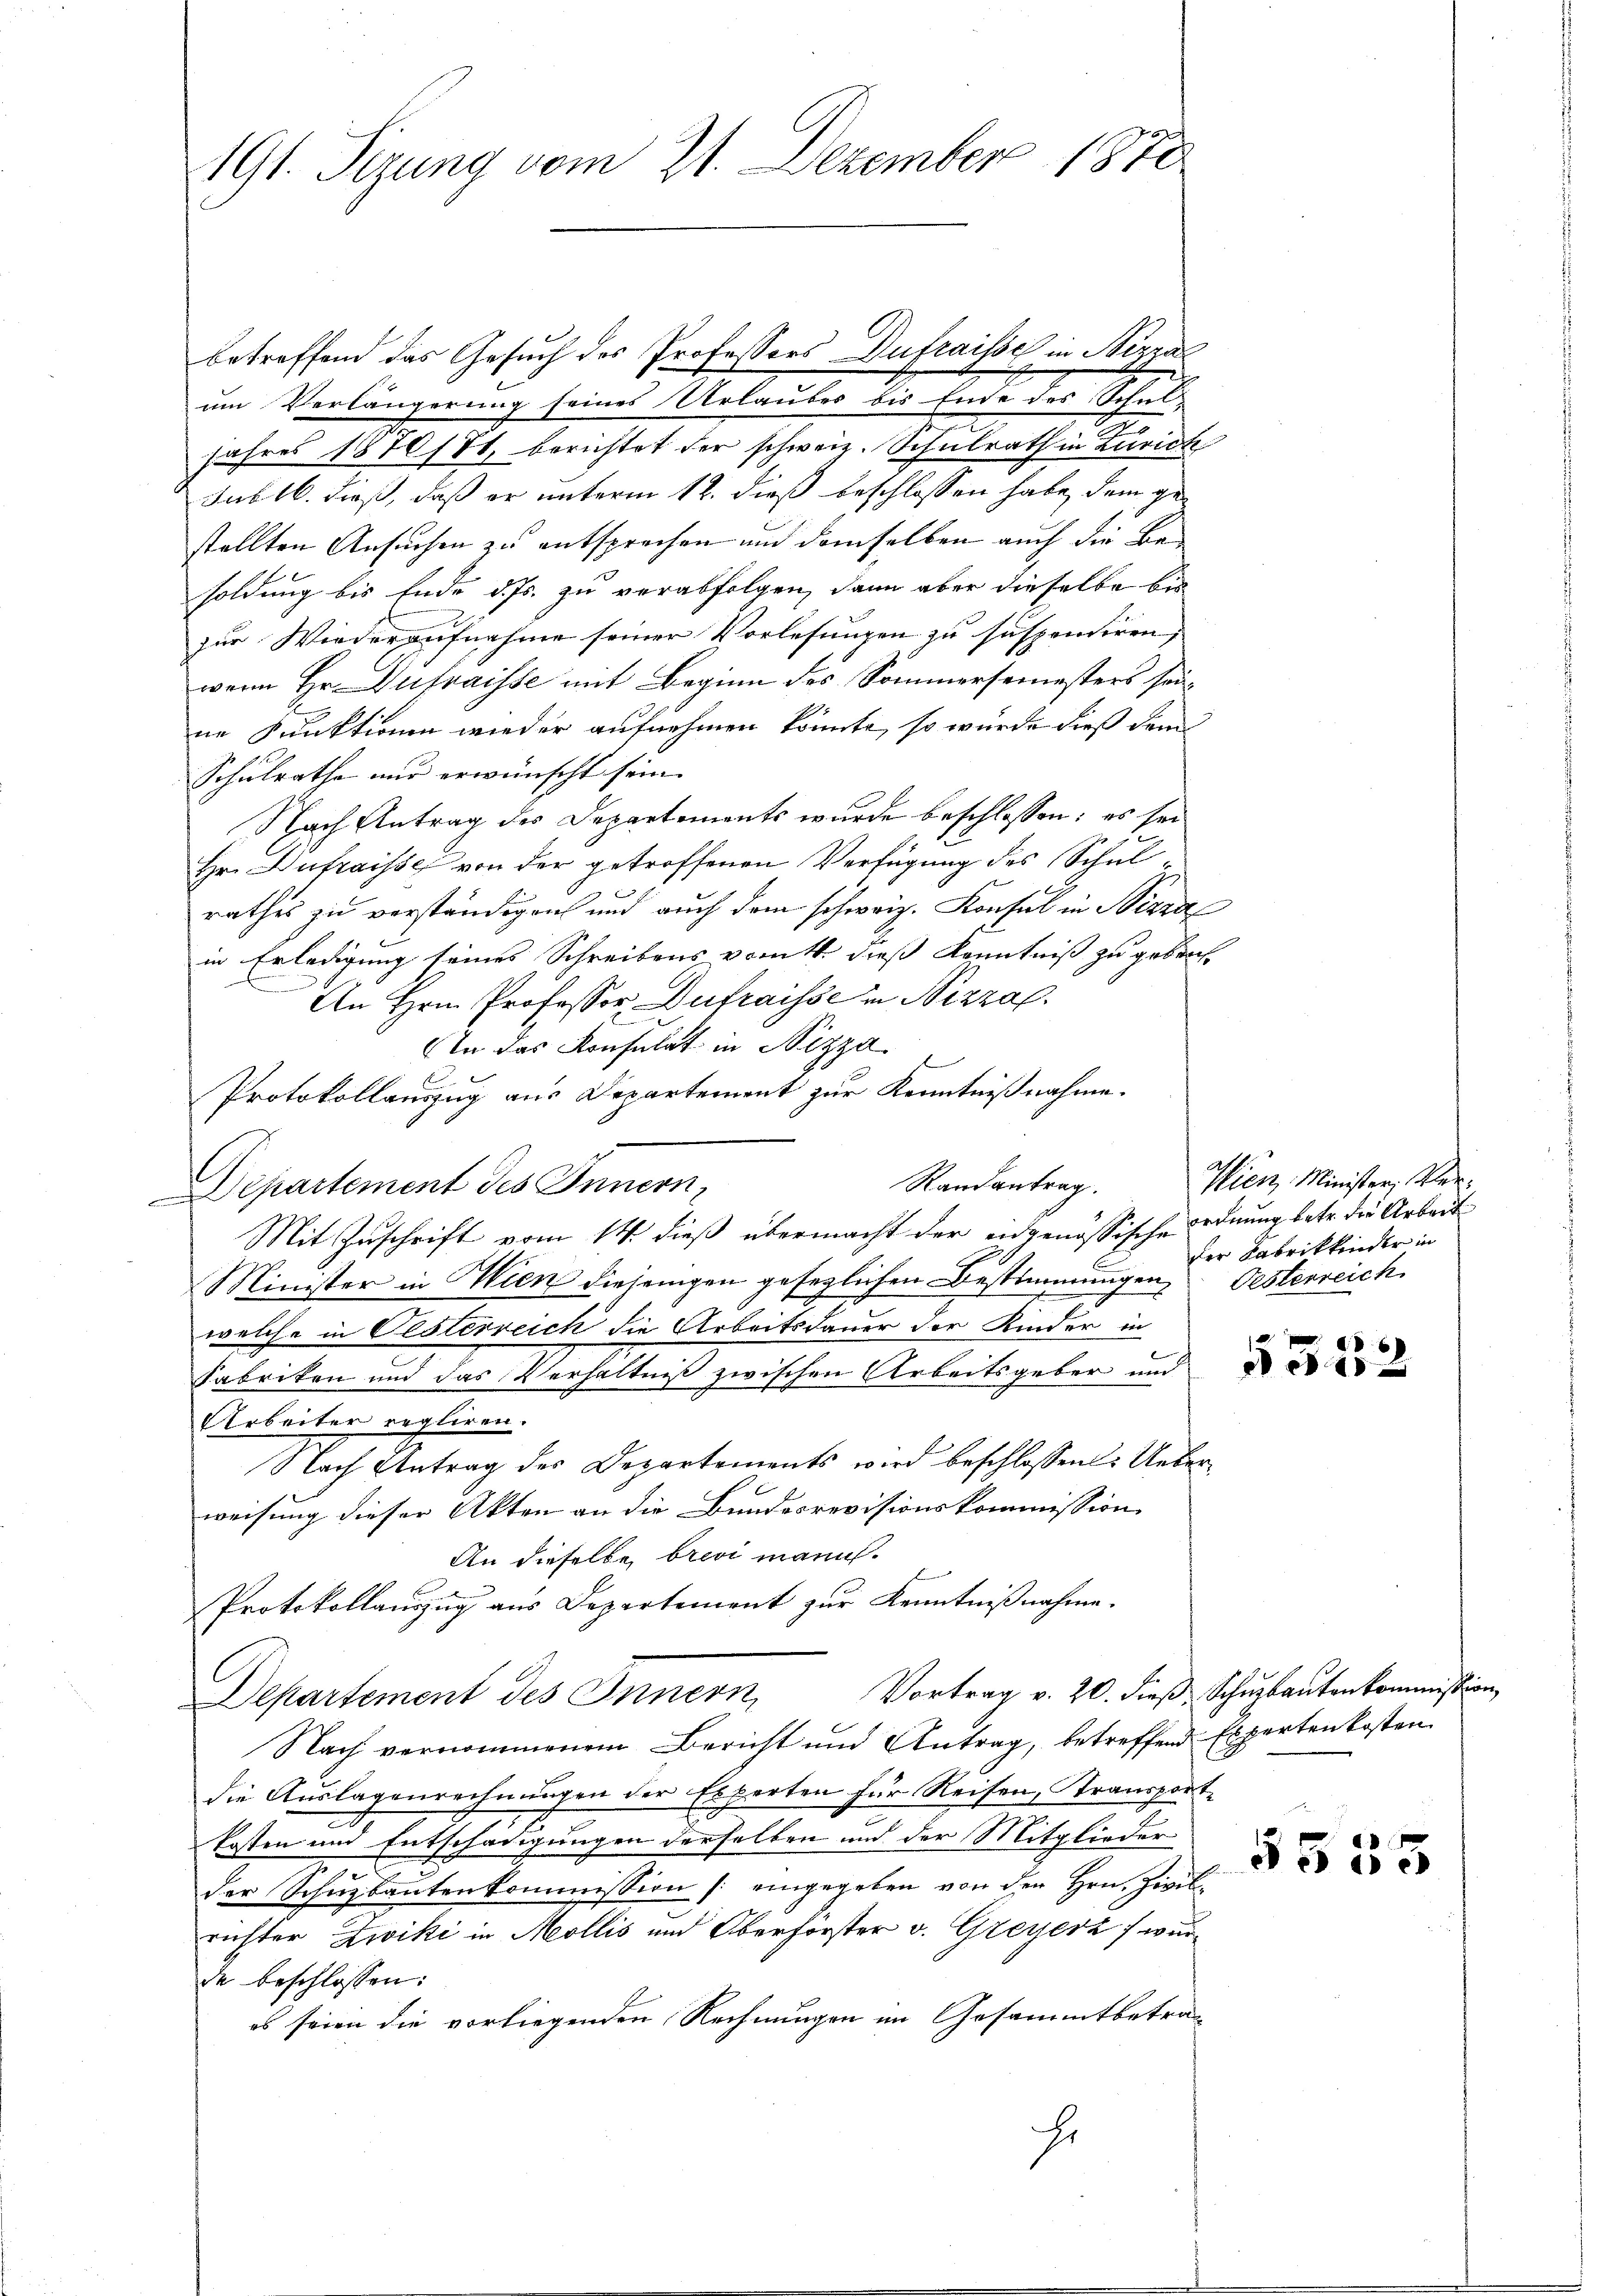
191. Sizung vom 21. Dezember 1870

betreffend das Gesuch des Professors Dufraisse in Nizza
um Verlängerung seines Urlauber bis Ende des Schul¬
Jahres 1870/71, berichtet der schweiz. Schulrath in Zürich
sub. 16. dieß, daß er unterm 12. dieß beschlossen habe, dem gestellten Ansuchen zu entsprechen und demselben auch die Besoldung bis Ende d. Js. zu verabfolgen, dann aber dieselbe bis
zur Wiederaufnahme seiner Vorlesungen zu suspendiren; |
wenn Hr. Dufraisse mit Beginn des Sommersemesters seine Punktionen wieder aufnehmen könnte, so wurde dieß dem
Schulrathe nur erwünscht sein.
Nach Antrag des Departements wurde beschlossen: es sei
Hr. Dufraisse von der getroffenen Verfügung des Schul
rathes zu verständigen und auch dem schweiz. Konsul in Sizza
in Erledigung seines Schreibens vom 11. dieß Kenntniß zu gebracht
An Hrn. Professor Dufraisse in Nizza
In das Konsulat in Nizza
Protokollauszug aus Departement zur Kenntnißnahme.
Randantrag.
Departement des Innern,
Mit Zuschrift vom 14. dieß übermacht der eidgenössische Ordnung betr. die Arbeit
Minister in Wien diejenigen gesezlichen Bestimmungen Oesterreich
welche in Oesterreich die Arbeitsdauer der Kinder in
Fabriken und das Verhältniβ zwischen Arbeitsgeber und
Arbeiter regliren.
Nach Antrag des Departements wird beschlossen: Ueberweisung dieser Akten an die Bundesrevisionskommission
An dieselbe brevi mann.
Protokollauszug aus Departement zur Kenntnißnahme.
Vortrag v. 20. dieß, Schuzbauten kommission
Departement des Innern
Nach vernommenem Bericht und Antrag, betreffend Expertenkosten
die Auslagenrechnungen der Experten für Reisen, transport-
kosten und Entschädigungen derselben und der Mitglieder
t
der Schuzbantenkommission (: eingegeben von den Hrn. Zivilrichter Zwiki in Mollis und Oberförster v. Greyerz wurde beschlossen:
es seien die vorliegenden Rechnungen im Gesammtbetra¬
.

Wien. Minister, Verder Fabrikkinder in

6

§535